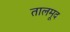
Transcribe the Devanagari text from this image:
तालमूद